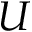
U